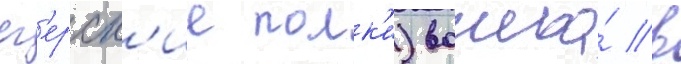
ег'ерск'ие полк'и) вошла́ в